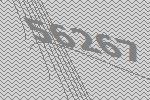
56267